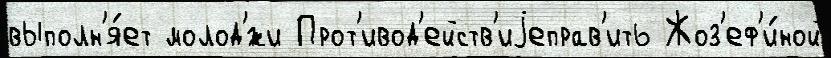
выполн'я́ет молод'́жи Прот'ивод'ейств'иjеправ'ить Жоз'еф'и́ной